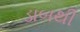
ડાબથી